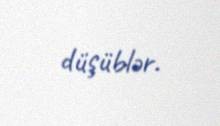
düşüblər.